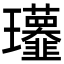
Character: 𤫧